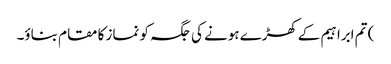
) تم ابراہیم کےکھڑے ہونے کی جگہ کو نماز کا مقام بناؤ۔